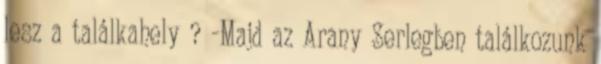
lesz a találkahely ? -Majd az Arany Serlegben találkozunk